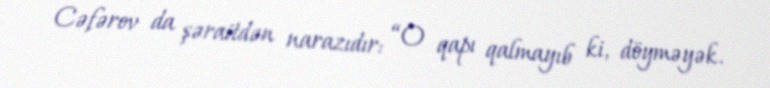
Cəfərov da şəraitdən narazıdır: “O qapı qalmayıb ki, döyməyək.